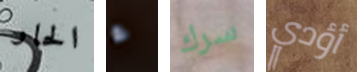
الحار ء سرك أؤدي